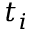
t _ { i }